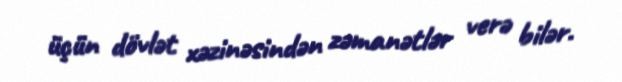
üçün dövlət xəzinəsindən zəmanətlər verə bilər.